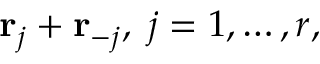
{ \bf r } _ { j } + { \bf r } _ { - j } , \; j = 1 , \ldots , r ,